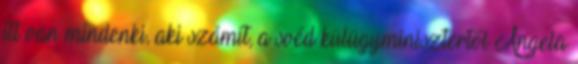
itt van mindenki, aki számít, a svéd külügyminisztertől Angela